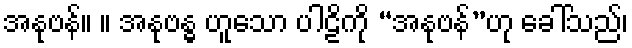
အနုဗန်။ ။ အနုဗန္ဓ ဟူသော ပါဠိကို “အနုဗန်”ဟု ခေါ်သည်၊